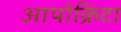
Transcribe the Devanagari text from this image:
आपोक्रिटा